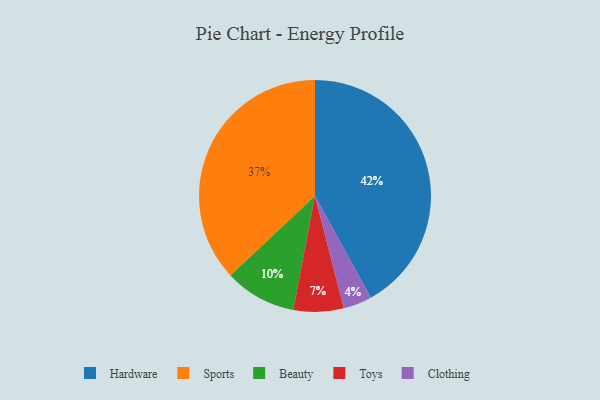
{"axis": {"x": "Category", "y": "Percentage"}, "legend": ["Beauty", "Clothing", "Hardware", "Sports", "Toys"], "data": [{"x": "Toys", "y": 7, "type": "Toys"}, {"x": "Beauty", "y": 10, "type": "Beauty"}, {"x": "Sports", "y": 37, "type": "Sports"}, {"x": "Clothing", "y": 4, "type": "Clothing"}, {"x": "Hardware", "y": 42, "type": "Hardware"}]}